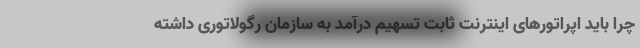
چرا باید اپراتورهای اینترنت ثابت تسهیم درآمد به سازمان رگولاتوری داشته